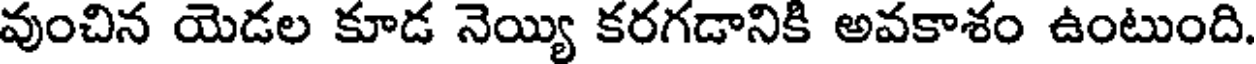
వుంచిన యెడల కూడ నెయ్యి కరగడానికి అవకాశం ఉంటుంది.